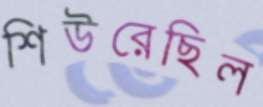
শিউরেছিল